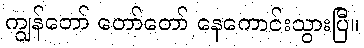
ကျွန်တော် တော်တော် နေကောင်းသွားပြီ။